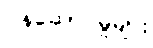
ဝန်ဆောင်မှုများ